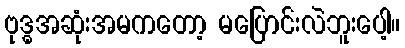
ဗုဒ္ဓအဆုံးအမကတော့ မပြောင်းလဲဘူးပေါ့။